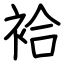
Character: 袷